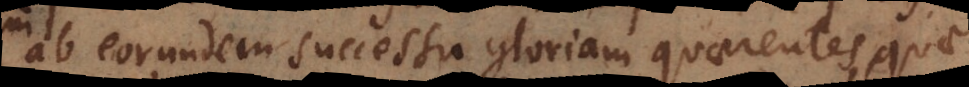
ab eorundem successu gloriam quaerentes, quae